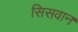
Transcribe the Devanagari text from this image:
सिसवान